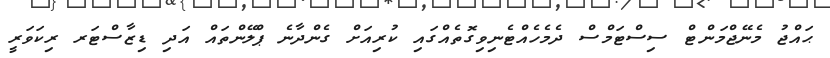
ޙައްޖު މެނޭޖްމަންޓް ސިސްޓަމްސް ދެމެހެއްޓެނިވިގޮތެއްގައި ކުރިއަށް ގެންދާނެ ޕްލޭންތައް އަދި ޑިޒާސްޓަރ ރިކަވަރީ